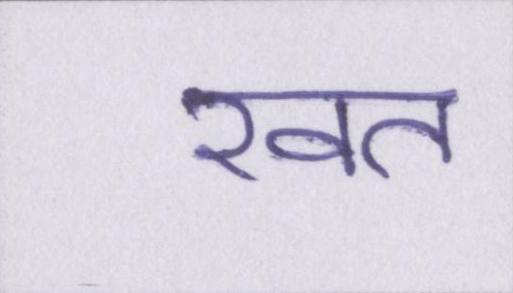
खत